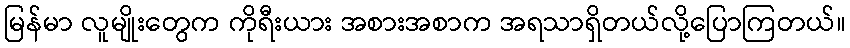
မြန်မာ လူမျိုးတွေက ကိုရီးယား အစားအစာက အရသာရှိတယ်လို့ပြောကြတယ်။